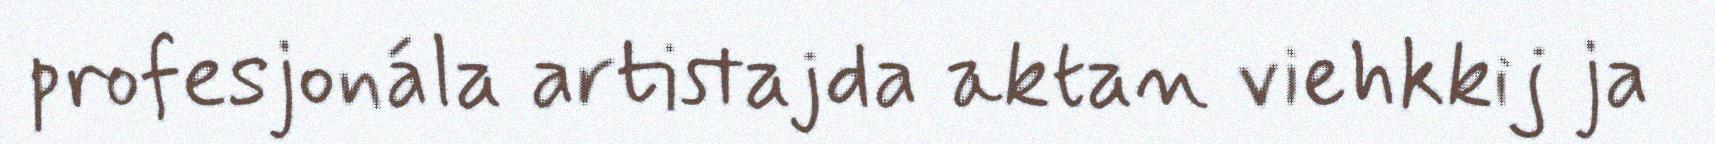
profesjonála artistajda aktan viehkkij ja